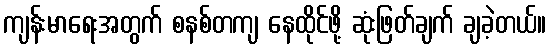
ကျန်းမာရေးအတွက် စနစ်တကျ နေထိုင်ဖို့ ဆုံးဖြတ်ချက် ချခဲ့တယ်။